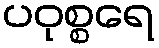
ပဝုစ္စရေ